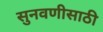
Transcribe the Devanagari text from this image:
सुनवणीसाठी